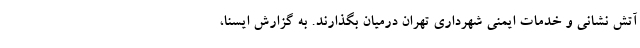
آتش نشانی و خدمات ایمنی شهرداری تهران درمیان بگذارند. به گزارش ایسنا،